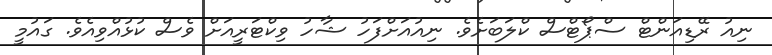
ނިއު ރޭޑިއަންޓް ސްޕޯޓްސް ކްލަބަށެވެ. ނިއުއަށްފަހު ޝާހު ވިކްޓަރީއަށް ވެސް ކުޅުއްވިއެވެ. ގައުމީ